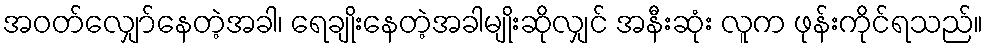
အဝတ်လျှော်နေတဲ့အခါ၊ ရေချိုးနေတဲ့အခါမျိုးဆိုလျှင် အနီးဆုံး လူက ဖုန်းကိုင်ရသည်။